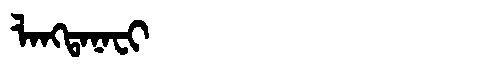
Manchu: ᠯᠠᠩᡨᠠᠨᠠᠸᡳ
Romanization: LANGTANAFI